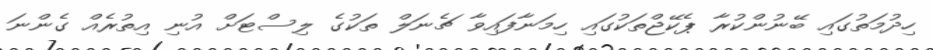
ހިދުމަތުގައި ބޭނުންކުރާ ޕެކޭޖްތަކުގައި ހިމަނާފައިވާ ޗެނަލް ތަކުގެ ލިސްޓަށް އުނި އިތުރެއް ގެންނަ